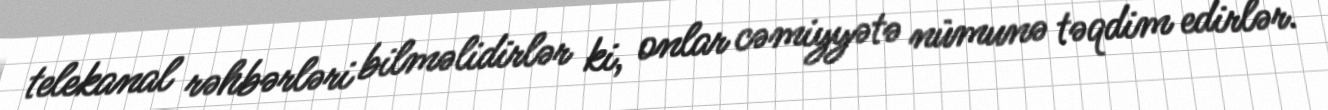
telekanal rəhbərləri bilməlidirlər ki, onlar cəmiyyətə nümunə təqdim edirlər.